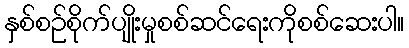
နှစ်စဉ်စိုက်ပျိုးမှုစစ်ဆင်ရေးကိုစစ်ဆေးပါ။